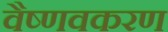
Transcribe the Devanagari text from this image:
वैष्णवकरण